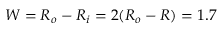
W = R _ { o } - R _ { i } = 2 ( R _ { o } - R ) = 1 . 7